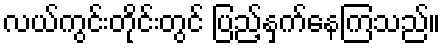
လယ်ကွင်းတိုင်းတွင် ပြည့်နှက်နေကြသည်။